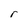
Character: r